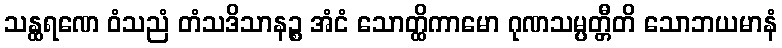
သန္ထရဏေ ဝံသညံ တံသဒိသာနဉ္စ အံငံ သောတ္ထိကာမော ဂုဏသမ္ပတ္တီတိ သောဘယမာနံ